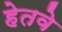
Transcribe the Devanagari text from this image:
हेतवे